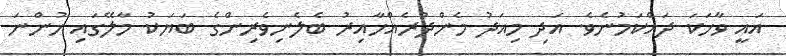
އައީ ވާހަކަ ދައްކަމުނެވެ. އަދި މިއަދު މެންދުރެއްހާއިރު ބެލެނިވެރިންގެ ބަޔަކު މާލޭގައި ހުންނަ